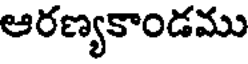
ఆరణ్యకాండము